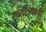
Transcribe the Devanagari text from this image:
स्वतांत्र्याची